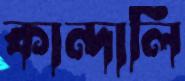
কান্দালি